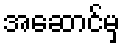
အဆောင်မှ